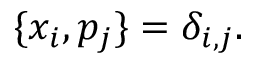
\{ x _ { i } , p _ { j } \} = \delta _ { i , j } .